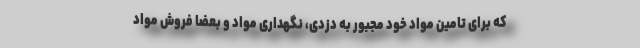
که برای تامین مواد خود مجبور به دزدی، نگهداری مواد و بعضا فروش مواد